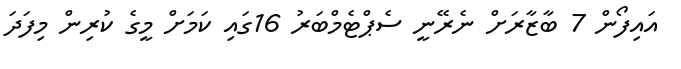
އައިފޯން 7 ބާޒާރަށް ނެރޭނީ ސެޕްޓެމްބަރު 16ގައި ކަމަށް މީގެ ކުރިން މިފަދަ